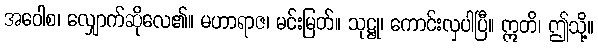
အဝေါစ၊ လျှောက်ဆိုလေ၏။ မဟာရာဇ၊ မင်းမြတ်။ သုဋ္ဌု၊ ကောင်းလှပါပြီ။ ဣတိ၊ ဤသို့။